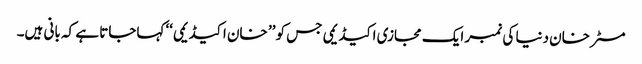
مسٹر خان دنیا کی نمبر ایک مجازی اکیڈیمی جس کو ’’ خان اکیڈیمی‘‘ کہاجاتا ہے کہ بانی ہیں۔